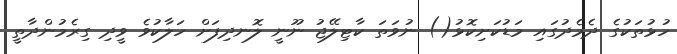
ހުޅުތަކުގެ ދެމެދުގައި މަޑުކަށިކޮޅު() ނުވަތަ ކާޓިލޭޖު ނޫނީ ލޮނދިފަށް ހަލާކުވެ ވީދި ގިރެމުންދާތީ